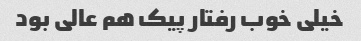
خیلی خوب رفتار پیک هم عالی بود